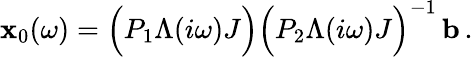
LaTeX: \mathbf{x}_{0}(\omega)=\Big(P_{1}\Lambda(i\omega)J\Big)\Big(P_{2}\Lambda(i\omega)J\Big)^{-1}\, \mathbf{b}\, .